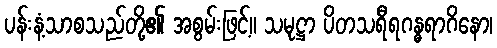
ပန်းနံ့သာစသည်တို့၏ အစွမ်းဖြင့်။ သမုဋ္ဌာ ပိတသရီရဂန္ဓရာဂိနော၊